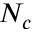
N _ { c }